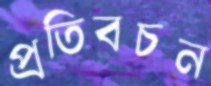
প্রতিবচন